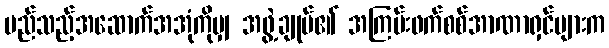
မည်သည့်အဆောက်အအုံကိုမျှ အဖွဲ့ချုပ်၏ အကြမ်းဖက်စစ်အာဏာရှင်များက